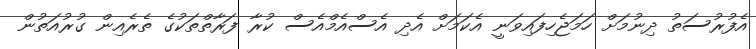
އެފުރުސަތު ދިނުމަށް ހަމަޖެހިފައިވަނީ އެކަމަށް އެދި އެސްއެމްއެސް ކުރާ ފަރާތްތަކުގެ ތެރެއިން ގުރުއަތުން